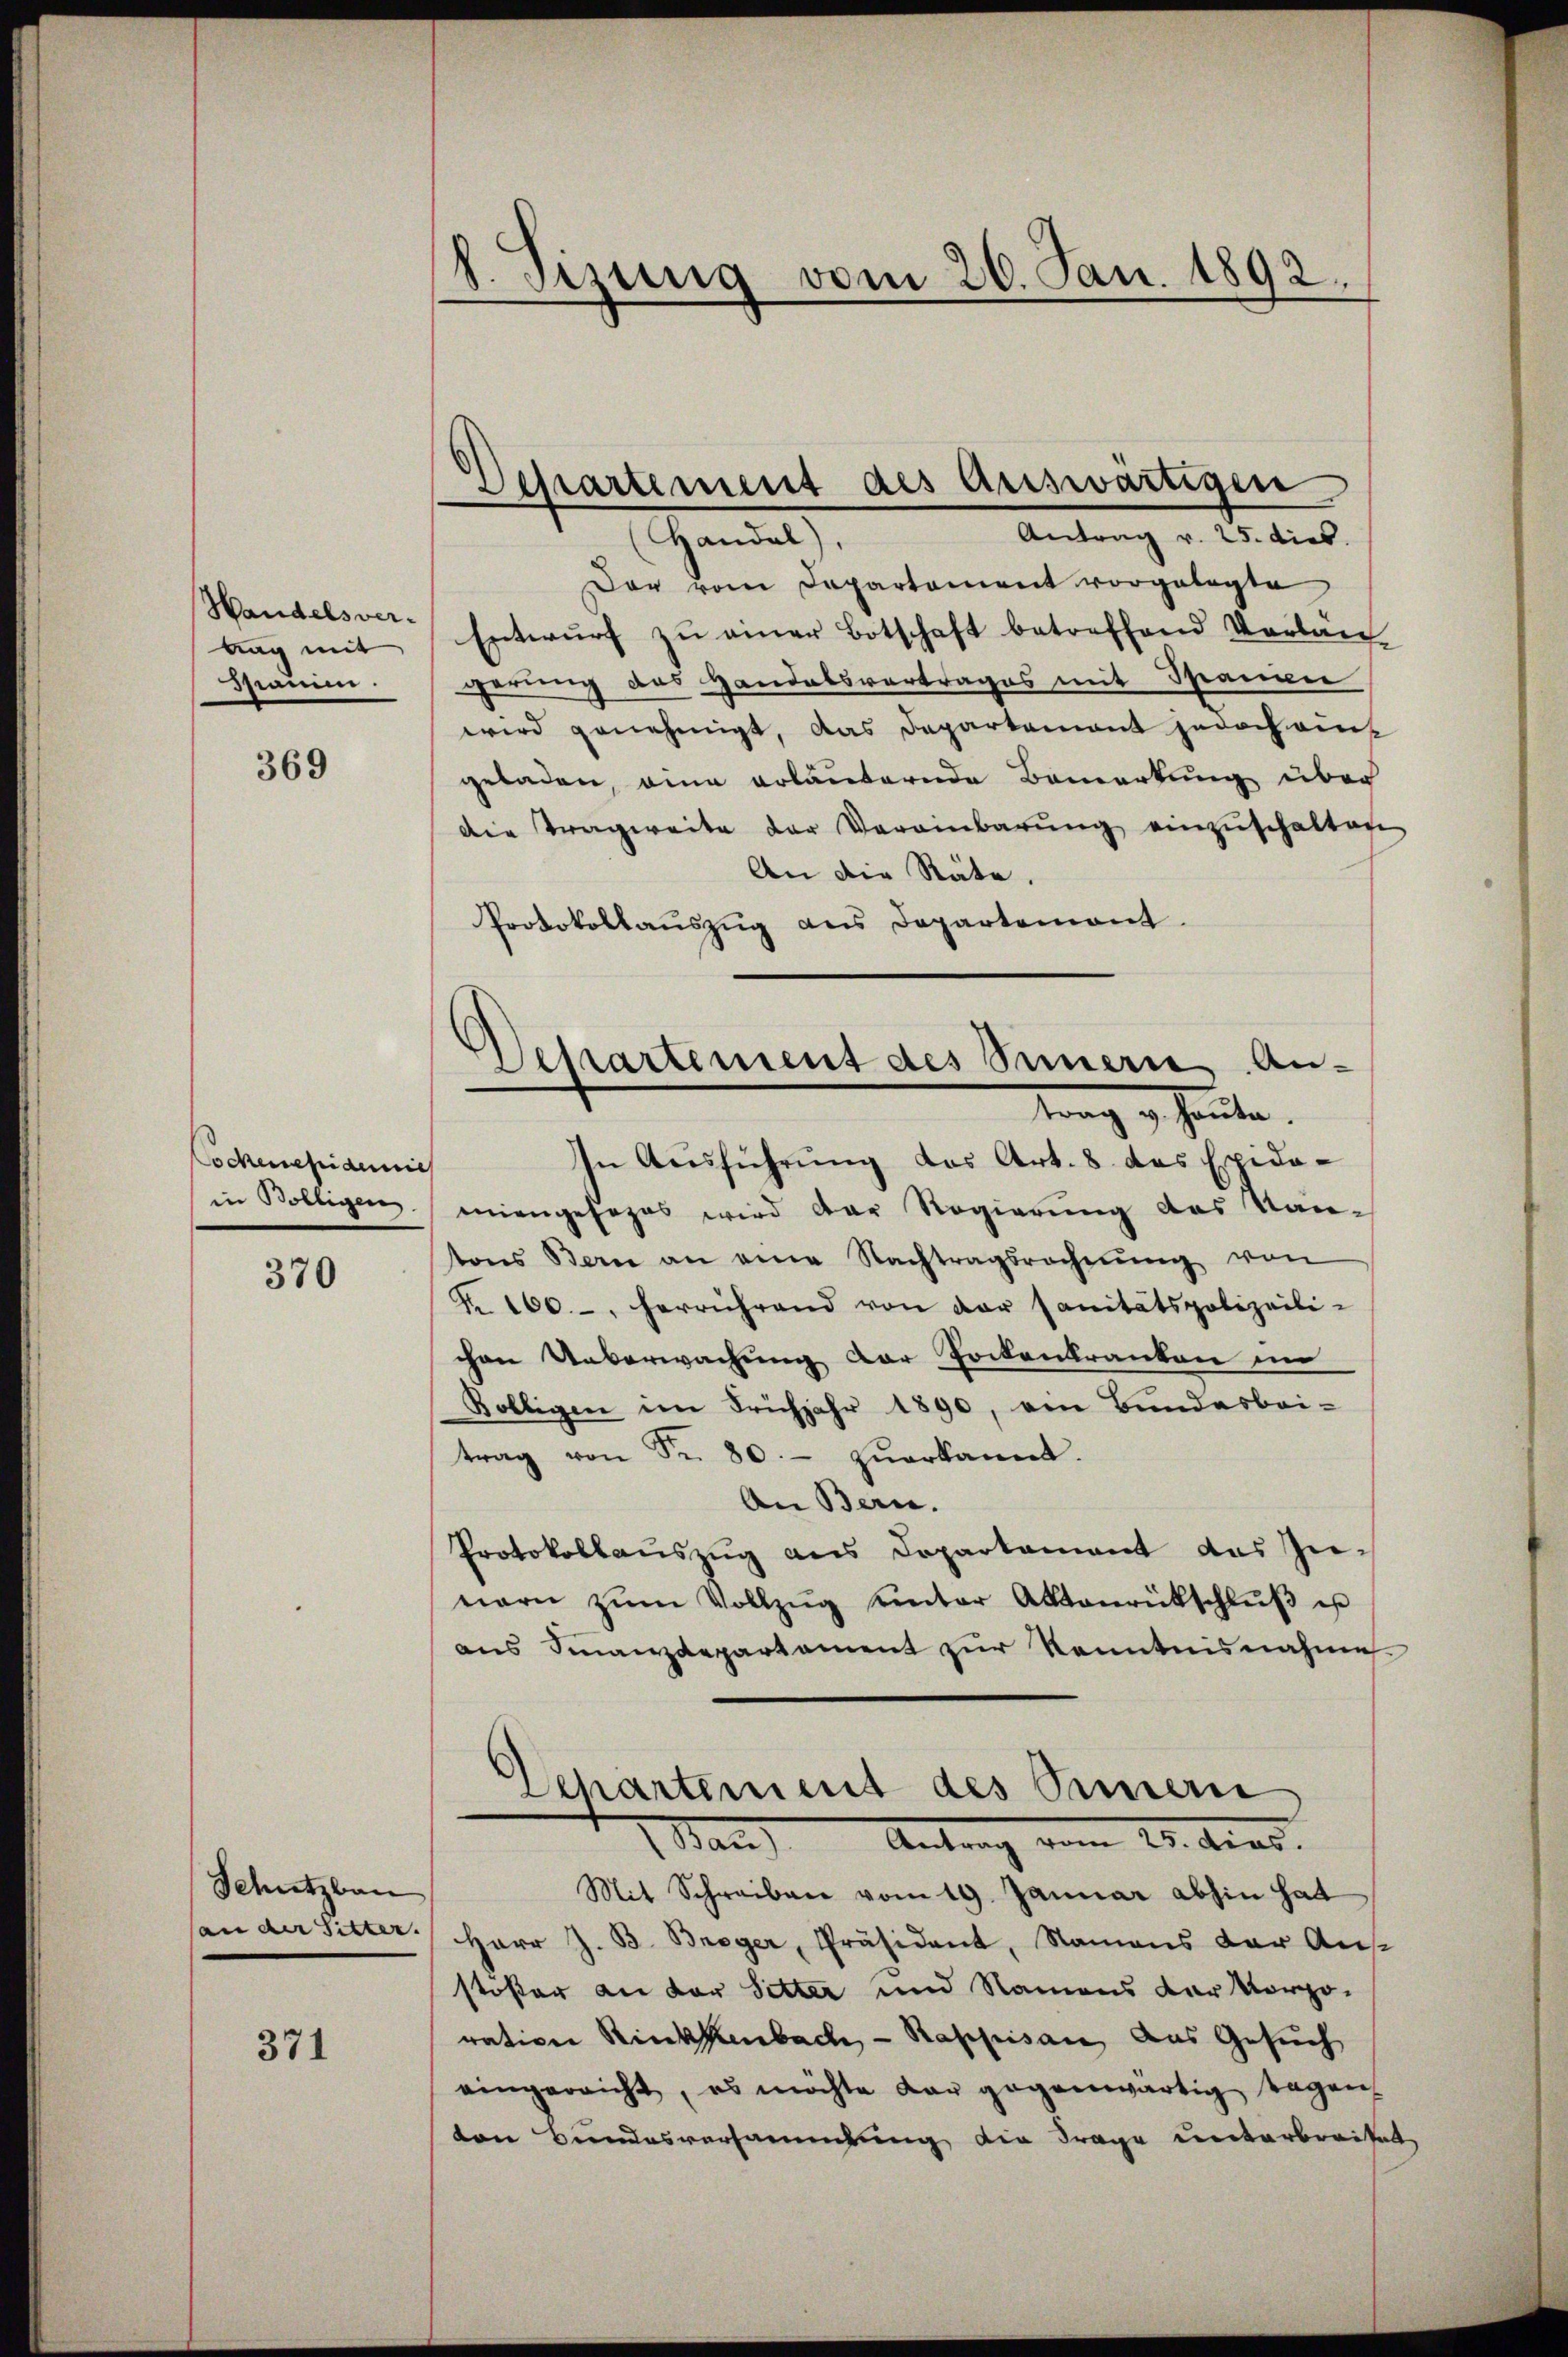
Handelsvertag mit
Mamin.

369

Sockenepidemie
in Bölligen

370

Schutzbau
an der Sitter.

371

8. Sizung vom 20. Jan. 1892.

Dessartement des Auswärtigen
Antrag v. 25. dies
Handel

Der vom Departement vorgelegte
Entwŭrf zu einer Botschaft betreffend Verlan-
gerung des Handelsvertrages mit Spanen
wird genehmigt, das Departement jedoch den
geladen, eine erläuternde Bemerkung über
die Tragweite der Vereinbarŭng einzŭschalten
An die Räte,
Protokollaŭszŭg ans Departemont.

)
Aepartement des Simmern An-
trag g heute.

In Ausführung das Art. 8 das Epida-
miengesezes wird der Regierung des Kan-
tons Bern an eine Nachtragsrechnŭng von
Nr. 100.-, herrührend von der sanitätspolizeili-
chen Ueberwachung der Pockenkranken im
Rölligen im Frühjahr 1890, von Bundesbei-
trag von Fr. 80.- zŭerkannt.
An Bern.
Protokollaŭszŭg ans Departament das Zunarn zŭm Vollzŭg unter Aktenrückschlŭβ is
aus Finanzdepartament zur Kenntnisnahme
Departement des Sinnern
Nach Antrag vom 25. Ant.
Mit Schreiben vom 19. Januar abhin hat
Herr J. B. Breger, Präsident, Namens der Aus-
stoßer an der Setter und Namens der Korpo-
rativen Rickhenbach – Rappisan, das Gesuch
eingereicht, es möchte dar gegenwärtig Tagen
ton Bundesversammlung die Frage unterbreitet